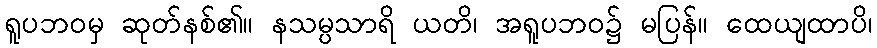
ရူပဘဝမှ ဆုတ်နစ်၏။ နသမ္ပသာရိ ယတိ၊ အရူပဘဝ၌ မပြန်။ ထေယျထာပိ၊